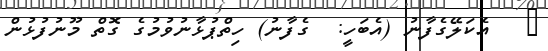
١   އެކަލޭގެފާނު (އެބަހީ:  ގެފާނު) ހިތްޕުޅާނުވުމުގެ ގޮތް މޫނުފުޅުން